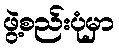
ဖွဲ့စည်းပုံမှာ